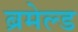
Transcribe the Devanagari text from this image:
ब्रमेल्ड